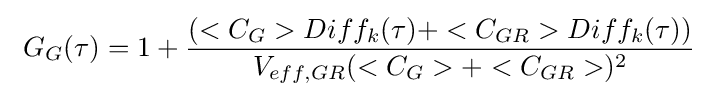
\ G_{G}(\tau )=1+{\frac {(<C_{G}>Diff_{k}(\tau )+<C_{GR}>Diff_{k}(\tau ))}{V_{eff,GR}(<C_{G}>+<C_{GR}>)^{2}}}